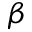
\beta